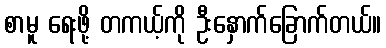
စာမူ ရေးဖို့ တကယ့်ကို ဦးနှောက်ခြောက်တယ်။